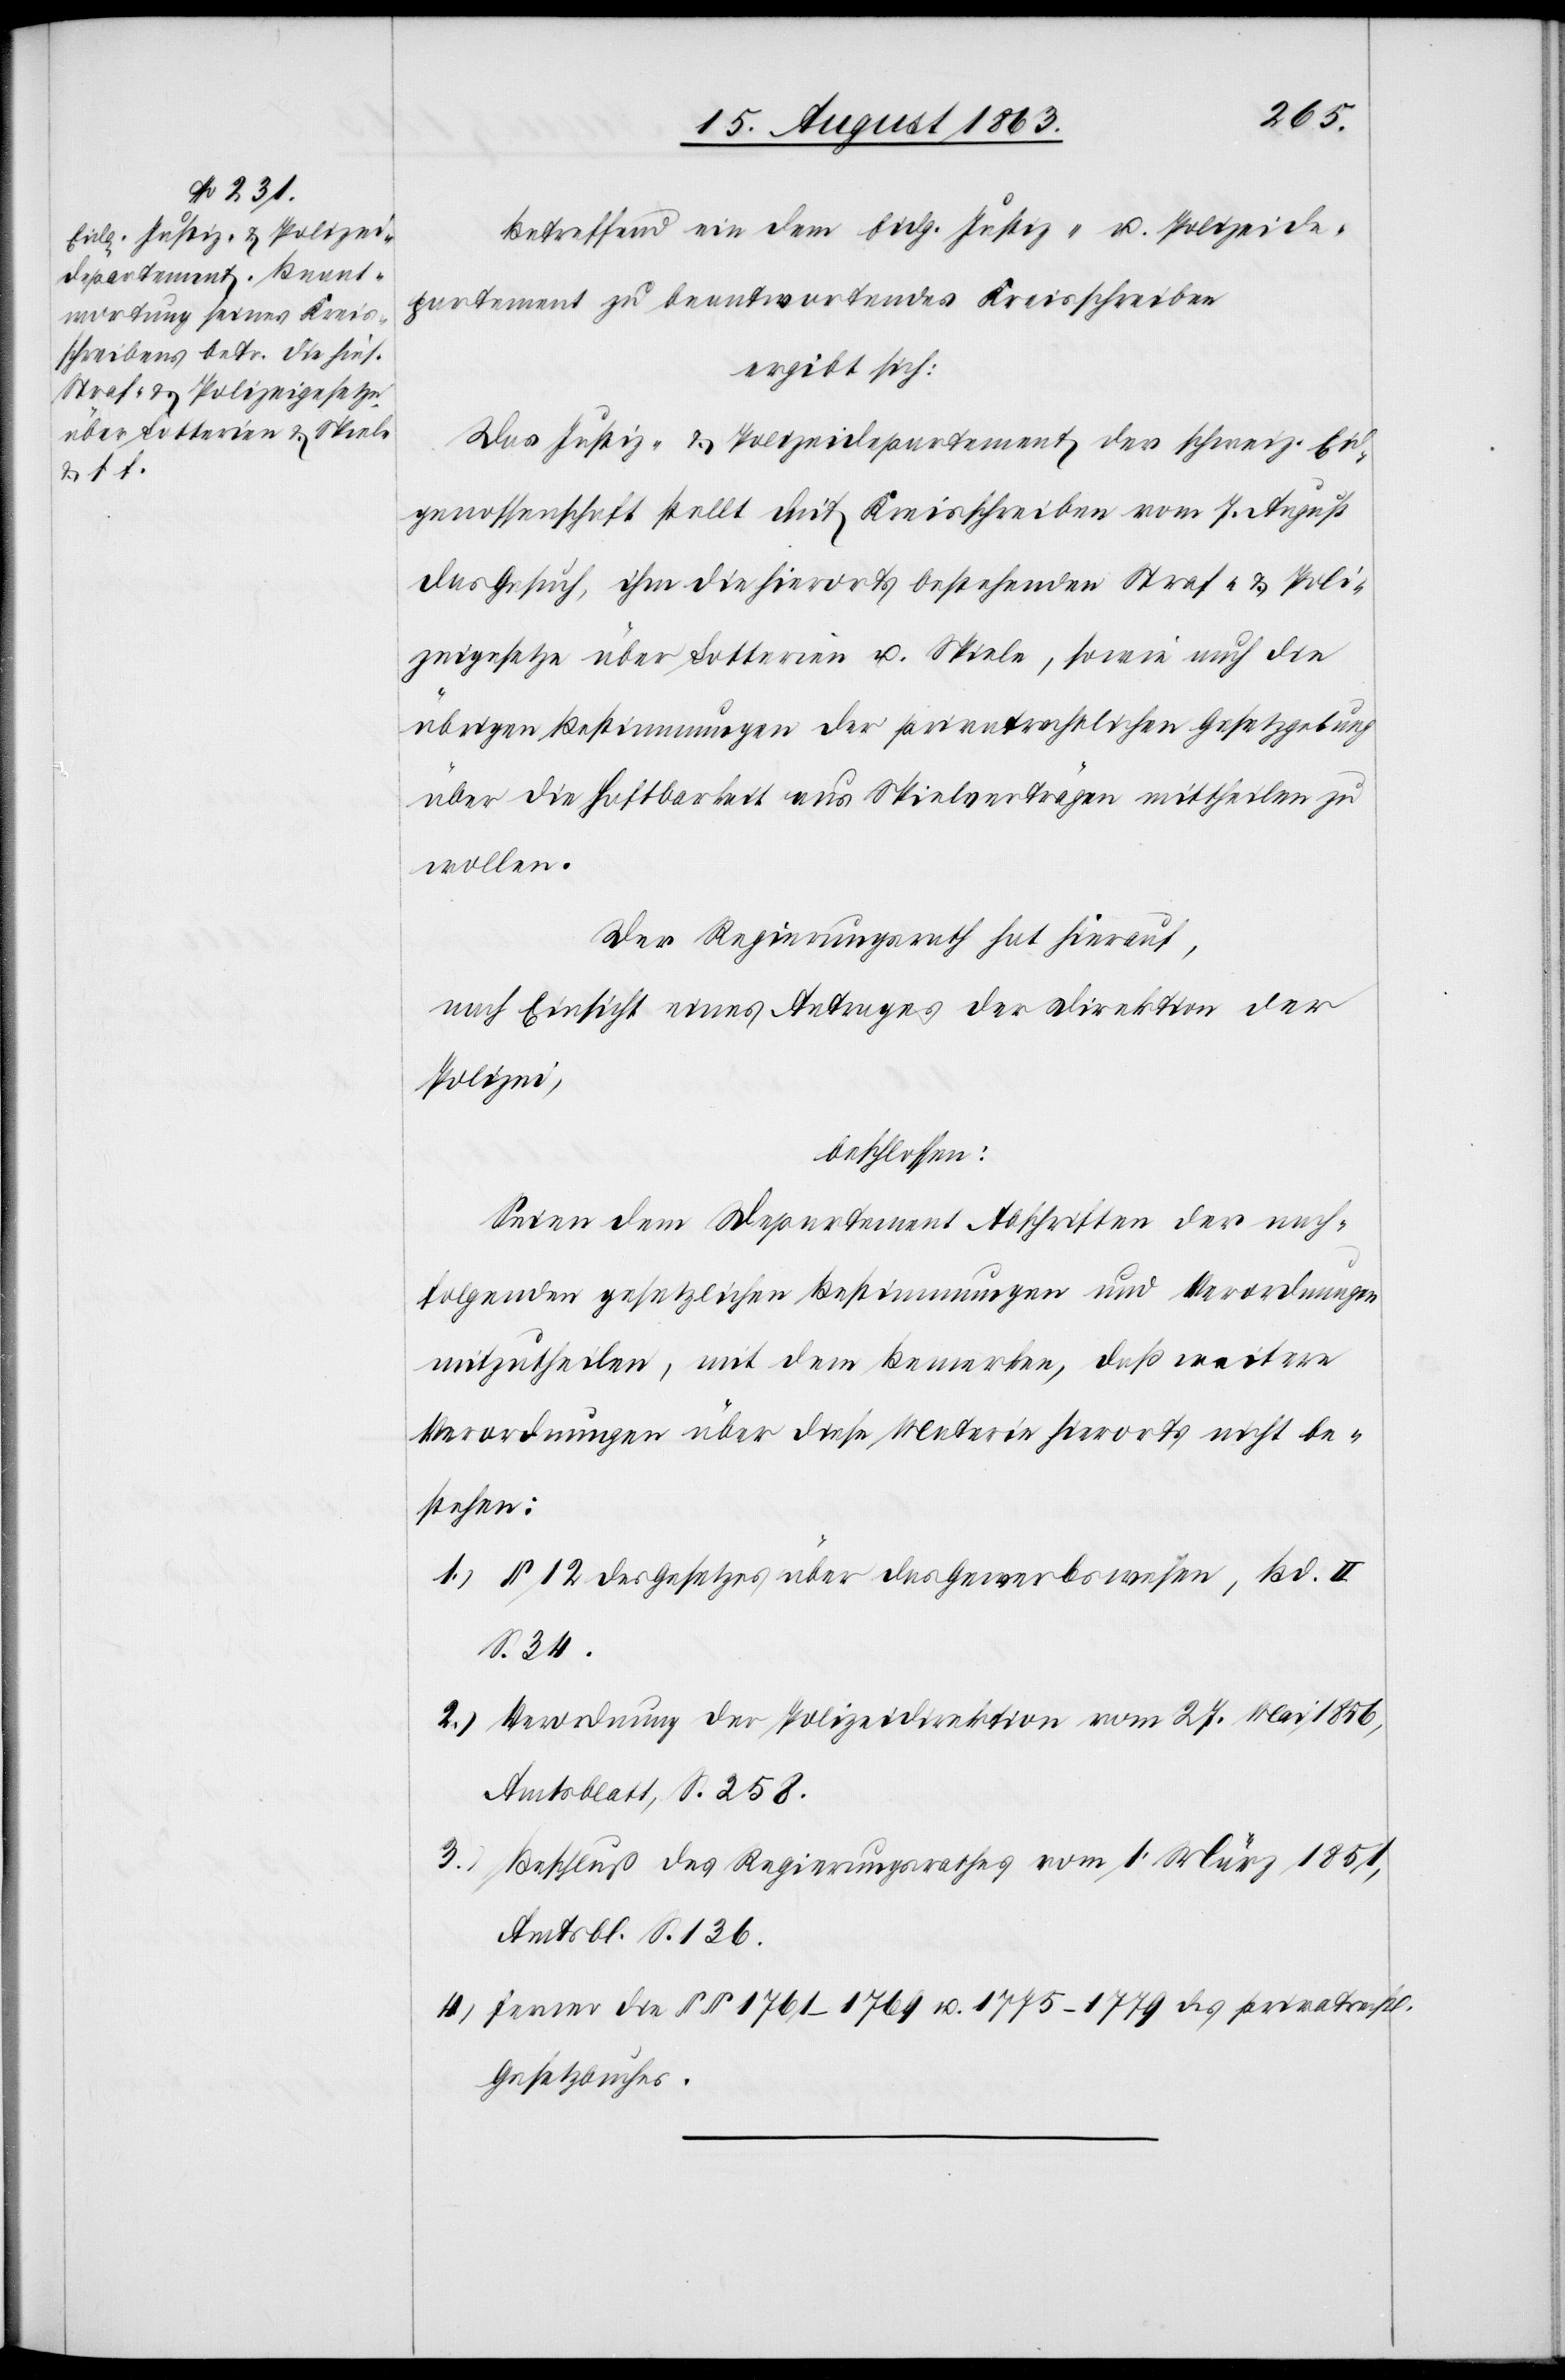
Betreffend ein dem Eidg. Justiz- u. Polizeide¬
partement zu beantwortendes Kreisschreiben
ergibt sich:
Das Justiz- & Polizeidepartement der schweiz. Ei¬
dgenossenschaft stellt mit Kreisschreiben vom 7. August
das Gesuch, ihm die hierorts bestehenden Straf- & Poli¬
zeigesetze über Lotterien u. Spiele, sowie auch die
übrigen Bestimmungen der privatrechtlichen Gesetzgebung
über die Haftbarkeit aus Spielverträgen mittheilen zu
wollen.
Der Regierungsrath hat hierauf,
nach Einsicht eines Antrages der Direktion der
Polizei,
beschlossen:
Seien dem Departement Abschriften der nach¬
folgenden gesetzlichen Bestimmungen und Verordnungen
mitzutheilen, mit dem Bemerken, daß weitere
Verordnungen über diese Materie hierorts nicht be¬
stehen:
1.) § 12 des Gesetzes über das Gewerbswesen, Bd. II
S. 34.
2.) Verordnung der Polizeidirektion vom 27. Mai 1856,
Amtsblatt, S. 258.
3.) Beschluß des Regierungsrathes vom 1. März 1851,
Amtsbl. S. 136.
4.) Ferner die §§ 1761–1769 u. 1775–1779 des privatrechtl.
Gesetzbuches.